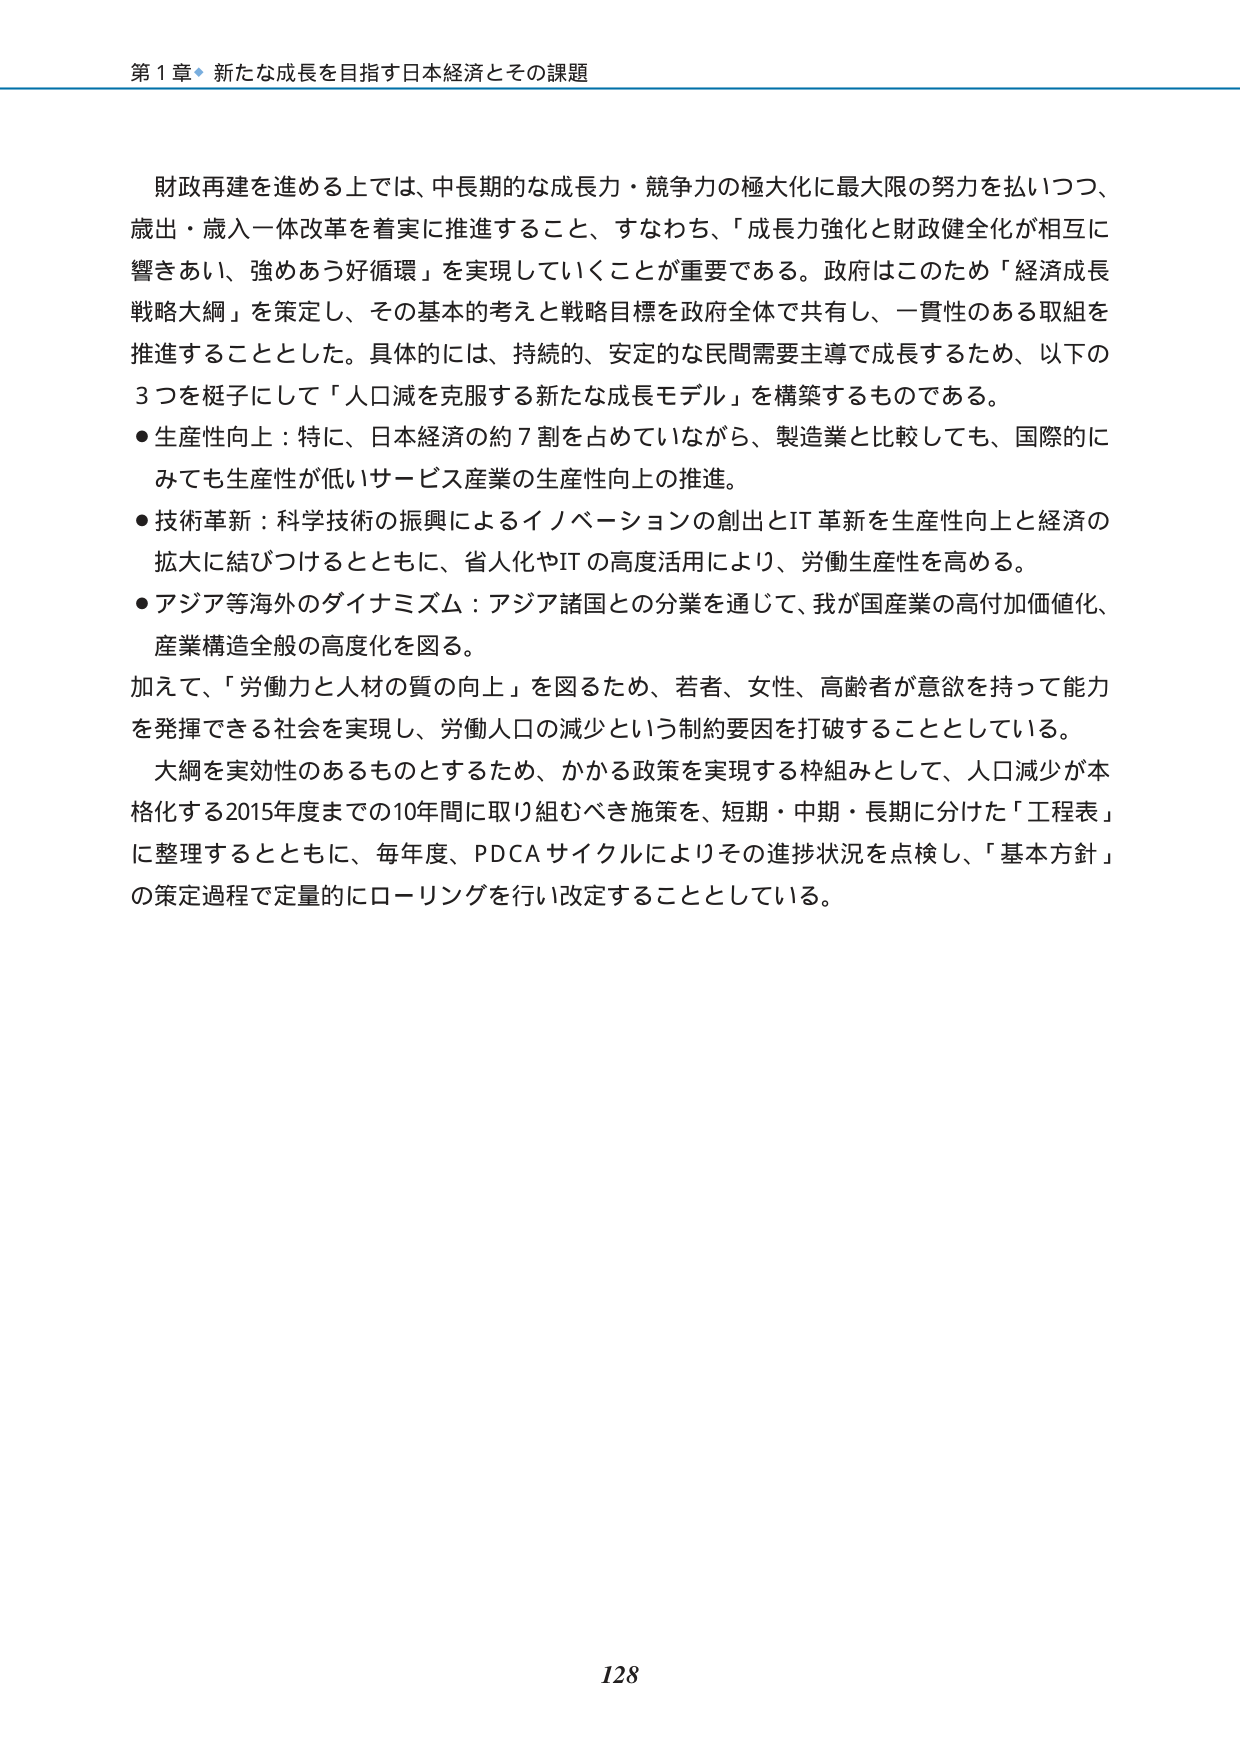
第１章 新たな成長を目指す日本経済とその課題

財政再建を進める上では、中長期的な成長力・競争力の極大化に最大限の努力を払いつつ、歳出・歳入一体改革を着実に推進すること、すなわち、「成長力強化と財政健全化が相互に響きあい、強めあう好循環」を実現していくことが重要である。政府はこのため「経済成長戦略大綱」を策定し、その基本的考えと戦略目標を政府全体で共有し、一貫性のある取組を推進することとした。具体的には、持続的、安定的な民間需要主導で成長するため、以下の3つを梃子にして「人口減を克服する新たな成長モデル」を構築するものである。

●生産性向上：特に、日本経済の約7割を占めていながら、製造業と比較しても、国際的にみても生産性が低いサービス産業の生産性向上の推進。

●技術革新：科学技術の振興によるイノベーションの創出とIT革新を生産性向上と経済の拡大に結びつけるとともに、省人化やITの高度活用により、労働生産性を高める。

●アジア等海外のダイナミズム：アジア諸国との分業を通じて、我が国産業の高付加価値化、産業構造全般の高度化を図る。

加えて、「労働力と人材の質の向上」を図るため、若者、女性、高齢者が意欲を持って能力を発揮できる社会を実現し、労働人口の減少という制約要因を打破することとしている。

大綱を実効性のあるものとするため、かかる政策を実現する枠組みとして、人口減少が本格化する2015年度までの10年間に取り組むべき施策を、短期・中期・長期に分けた「工程表」に整理するとともに、毎年度、PDCAサイクルによりその進捗状況を点検し、「基本方針」の策定過程で定量的にローリングを行い改定することとしている。

128